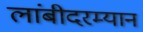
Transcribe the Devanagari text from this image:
लांबीदरम्यान